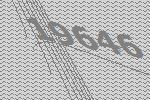
19646